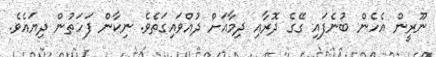
ނޫރީން އެހެން ބުނެފައި ގޭގެ ދޮރާއި ދިމާއަށް ދުއްވައިގަތެވެ. ނިކާން ފަހަތުން ދިޔައެވެ.